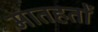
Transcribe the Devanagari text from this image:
मातहतों